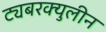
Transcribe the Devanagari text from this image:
ट्यबरक्युलीन